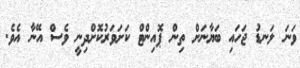
ވަނަ ލަނޑު ޖަހައި ބަޔާނަށް ތިން ޕޮއިންޓް ކަށަވަރުކޮށްދިނީ ވެސް އޭނާ އެވެ.